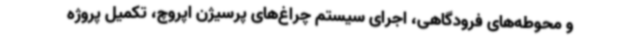
و محوطه‌های فرودگاهی، اجرای سیستم چراغ‌های پرسیژن اپروچ، تکمیل پروژه